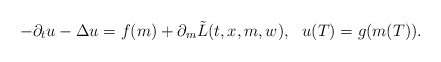
\begin{align*}-\partial_t u - \Delta u = f(m) + \partial_m \tilde{L}(t,x,m,w), ~~ u(T) = g(m(T)).\end{align*}